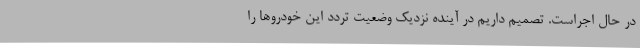
در حال اجراست. تصمیم داریم در آینده نزدیک وضعیت تردد این خودروها را